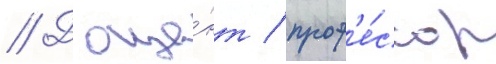
// Доце́нт / проф'е́ссор